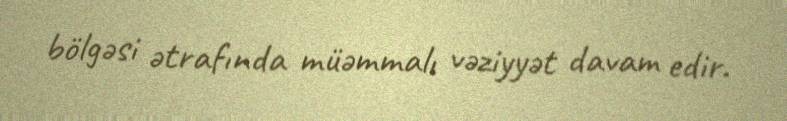
bölgəsi ətrafında müəmmalı vəziyyət davam edir.